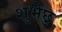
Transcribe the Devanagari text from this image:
शुभेछु